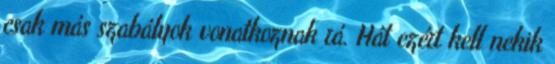
csak más szabályok vonatkoznak rá. Hát ezért kell nekik